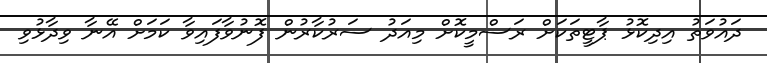
ދައުވަތު އިދިކޮޅު ޕާޓީތަކަށް ރަސްމީކޮށް މިއަދު ސަރުކާރުން ފޮނުވާފައިވާ ކަމަށް އޭނާ ވިދާޅުވި